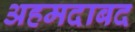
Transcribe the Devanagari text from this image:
अहमदाबद